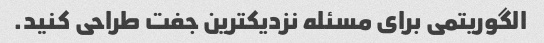
الگوریتمی برای مسئله نزدیکترین جفت طراحی کنید.